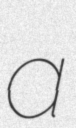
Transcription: a